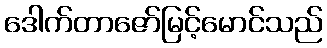
ဒေါက်တာဇော်မြင့်မောင်သည်